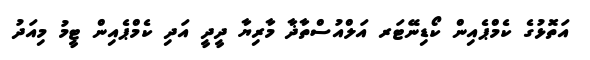
އަތޮޅުގެ ކެމްޕެއިން ކޯޑިނޭޓަރ އަލްއުސްތާޛާ މާރިޔާ ދީދީ އަދި ކެމްޕެއިން ޓީމު މިއަދު